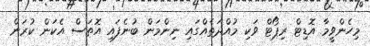
މިހެންވީމާ އޮޑިޓް ރިޕޯޓް ވަކި މުއްދަތެއްގައި ނިންމަން ބުނެފައި އޮތަސް އެކަން ކުރަން